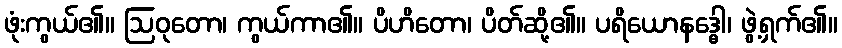
ဖုံးကွယ်၏။ ဩဝုတော၊ ကွယ်ကာ၏။ ပိဟိတော၊ ပိတ်ဆို့၏။ ပရိယောနဒ္ဓေါ၊ ဖွဲ့ရှက်၏။